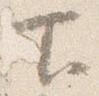
下